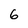
Character: 6